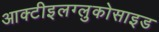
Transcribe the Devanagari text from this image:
आक्टीइलग्लुकोसाइड